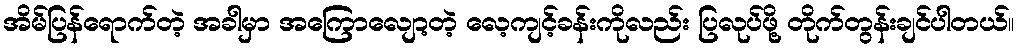
အိမ်ပြန်ရောက်တဲ့ အခါမှာ အကြောလျော့တဲ့ လေ့ကျင့်ခန်းကိုလည်း ပြလုပ်ဖို့ တိုက်တွန်းချင်ပါတယ်။